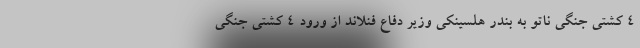
۴ کشتی جنگی ناتو به بندر هلسینکی وزیر دفاع فنلاند از ورود ۴ کشتی جنگی